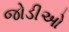
જોડીઓ